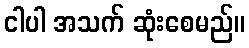
ငါပါ အသက် ဆုံးစေမည်။